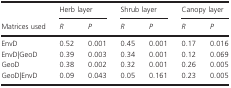
<table><thead><tr><td rowspan="3"><b>Matrices used</b></td><td colspan="2"><b>Herb layer</b></td><td colspan="2"><b>Shrub layer</b></td><td colspan="2"><b>Canopy layer</b></td></tr><tr><td><b><i>R</i></b></td><td><b><i>P</i></b></td><td><b><i>R</i></b></td><td><b><i>P</i></b></td><td><b><i>R</i></b></td><td><b><i>P</i></b></td></tr></thead><tbody><tr><td>EnvD</td><td>0.52</td><td>0.001</td><td>0.45</td><td>0.001</td><td>0.17</td><td>0.016</td></tr><tr><td>EnvD|GeoD</td><td>0.39</td><td>0.003</td><td>0.34</td><td>0.001</td><td>0.12</td><td>0.069</td></tr><tr><td>GeoD</td><td>0.38</td><td>0.002</td><td>0.32</td><td>0.001</td><td>0.26</td><td>0.005</td></tr><tr><td>GeoD|EnvD</td><td>0.09</td><td>0.043</td><td>0.05</td><td>0.161</td><td>0.23</td><td>0.005</td></tr></tbody></table>